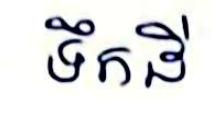
ទឹកដី